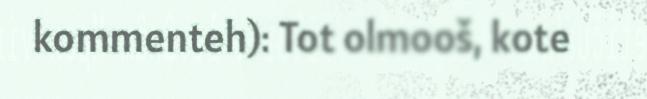
kommenteh): Tot olmooš, kote